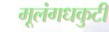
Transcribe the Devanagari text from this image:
मूलंगधकुटी